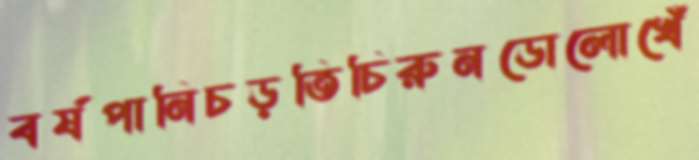
বর্ষপানিচড়তিচিরুনডোলোখেঁ